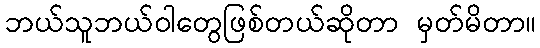
ဘယ်သူဘယ်ဝါတွေဖြစ်တယ်ဆိုတာ မှတ်မိတာ။